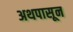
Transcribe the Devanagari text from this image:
अथपासून